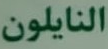
النايلون